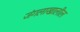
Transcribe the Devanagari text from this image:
जंगलाखालील